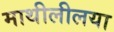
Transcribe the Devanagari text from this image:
माथीलीलया